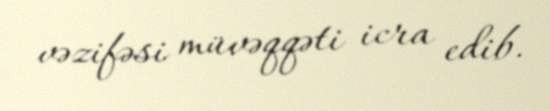
vəzifəsi müvəqqəti icra edib.